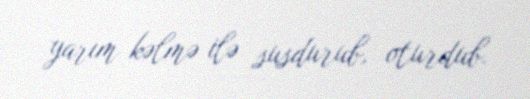
yarım kəlmə ilə susdurub, oturdub.